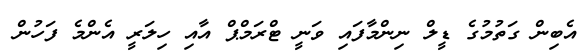
އެބިން ގަތުމުގެ ޑީލް ނިންމާފައި ވަނީ ޓްރަމްޕް އާއި ހިލަރީ އެންމެ ފަހުން